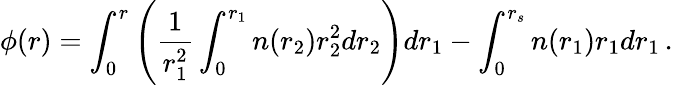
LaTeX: \phi(r)=\int_{0}^{r}\left(\frac 1{r_{1}^{2}}\int_{0}^{r_{1}}n(r_{2})r_{2}^{2}dr_{2}\right)dr_{1}-\int_{0}^{r_{s}}n(r_{1})r_{1}dr_{1}\, .